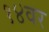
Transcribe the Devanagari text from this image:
१४वर